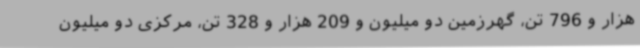
هزار و 796 تن، گهرزمین دو میلیون و 209 هزار و 328 تن، مرکزی دو میلیون